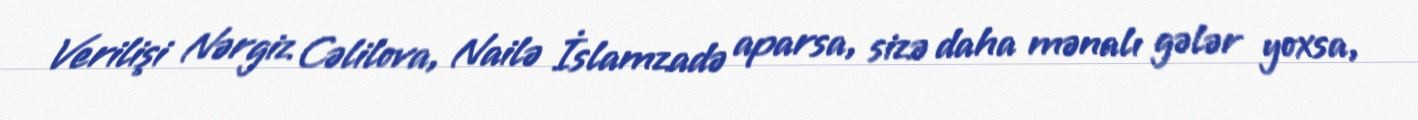
Verilişi Nərgiz Cəlilova, Nailə İslamzadə aparsa, sizə daha mənalı gələr yoxsa,